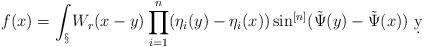
LaTeX: \begin{align*}f(x) = \int_\S W_r(x-y)\prod_{i=1}^n(\eta_i(y)-\eta_i(x))\sin^{[n]}(\tilde \Psi(y)-\tilde \Psi(x))\ \d y\end{align*}